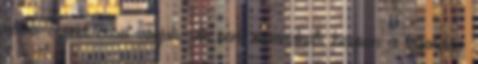
halas szendviccsel várjuk, de nem maradnak hoppon a legendás